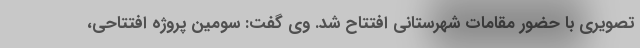
تصویری با حضور مقامات شهرستانی افتتاح شد. وی گفت: سومین پروژه افتتاحی،